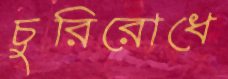
চুরিরোধে